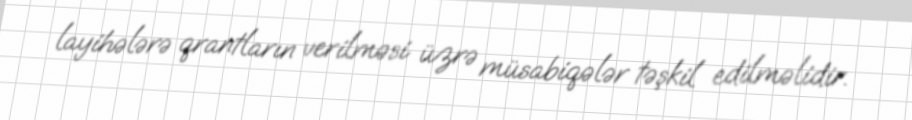
layihələrə qrantların verilməsi üzrə müsabiqələr təşkil edilməlidir.